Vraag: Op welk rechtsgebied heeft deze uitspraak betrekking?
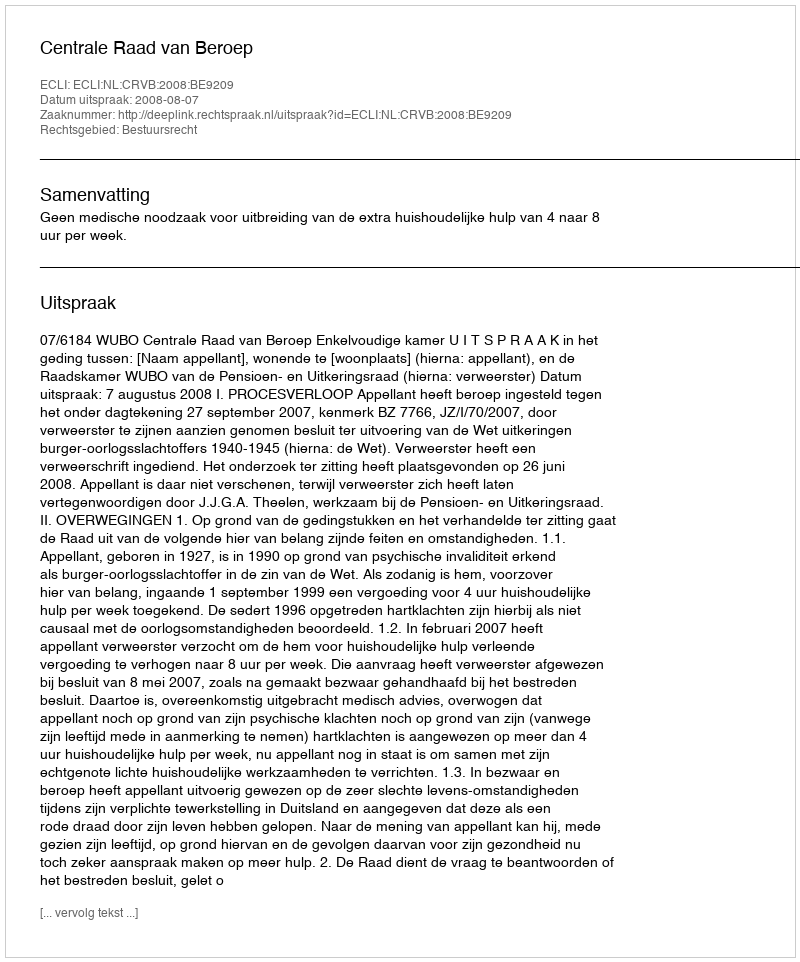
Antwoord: Bestuursrecht